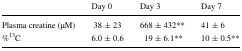
|  | Day 0 | Day 3 | Day 7 |
 | --- | --- | --- | --- |
 | Plasma creatine (μM) | 38 ± 23 | 668 ± 432** | 41 ± 6 |
 | %13C | 6.0 ± 0.6 | 19 ± 6.1** | 10 ± 0.5** |